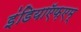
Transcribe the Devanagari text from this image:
इंडियाऍफ़एम्